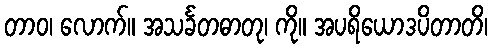
တာဝ၊ လောက်။ အသင်္ခတဓာတု၊ ကို။ အပရိယောဒပိတာတိ၊